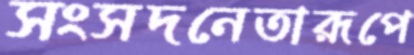
সংসদনেতারূপে